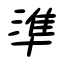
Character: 準